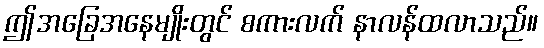
ဤအခြေအနေမျိုးတွင် စကားလက် နာလန်ထလာသည်။